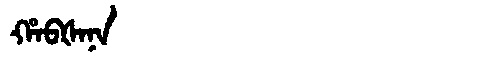
Manchu: ᡥᠠᠪᡧᠠᠨᠠ
Romanization: HABŠANA